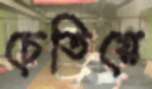
চেতিয়ে